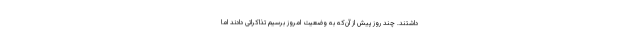
داشتند. چند روز پیش از آن‌که به وضعیت امروز برسیم تذاکراتی دادند اما